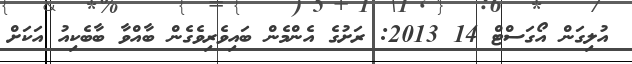
އުލިގަން އޯގަސްޓް 14 2013: ރަށުގެ އެންމެން ބައިވެރިވެގެން ބާއްވާ ބާބެކިއު އަކަށް